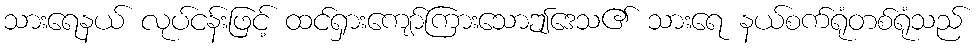
သားရေနယ် လုပ်ငန်းဖြင့် ထင်ရှားကျော်ကြားသောဤဒေသ၏ သားရေ နယ်စက်ရုံတစ်ရုံသည်